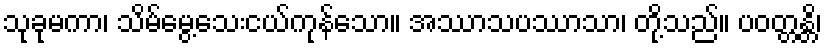
သုခုမကာ၊ သိမ်မွေ့သေးငယ်ကုန်သော။ အဿာသပဿာသာ၊ တို့သည်။ ပဝတ္တန္တိ၊